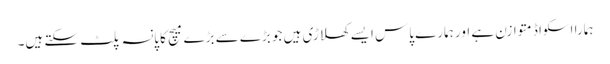
ہمارا اسکواڈ متوازن ہے اور ہمارے پاس ایسے کھلاڑی ہیں جو بڑے سے بڑے میچ کا پانسہ پلٹ سکتے ہیں۔